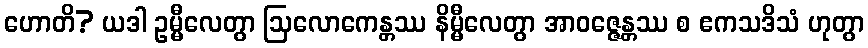
ဟောတိ? ယဒါ ဥမ္မီလေတွာ ဩလောကေန္တဿ နိမ္မီလေတွာ အာဝဇ္ဇေန္တဿ စ ဧကသဒိသံ ဟုတွာ